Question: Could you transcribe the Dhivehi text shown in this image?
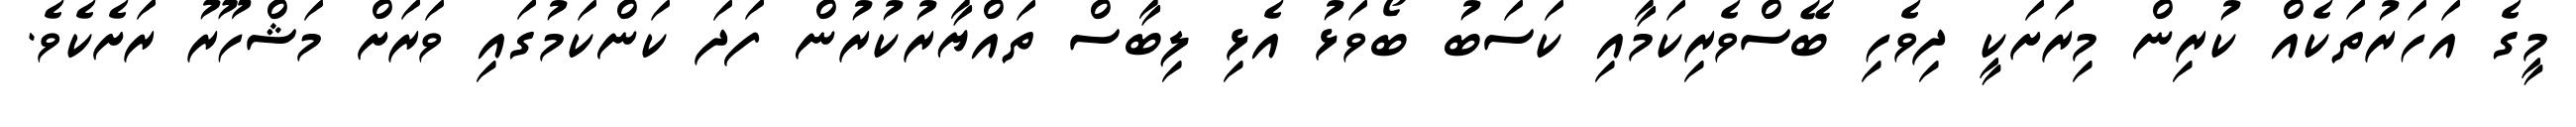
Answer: މީގެ އަހަރުތަކެއް ކުރިން މިރަށަކީ ދިވެހި ބޭސްވެރިކަމާއި ކަސަބު ބޯވަޅު އެޅި ލިބާސް ތައްޔާރުކުރުން ފަދަ ކަންކަމުގައި ވަރަށް މަޝްހޫރު ރަށެކެވެ.